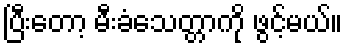
ပြီးတော့ မီးခံသေတ္တာကို ဖွင့်မယ်။